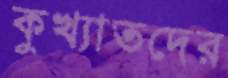
কুখ্যাতদের